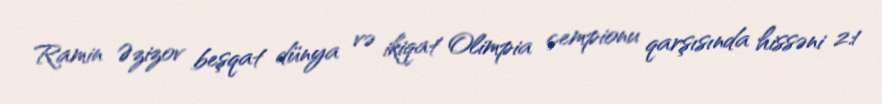
Ramin Əzizov beşqat dünya və ikiqat Olimpia çempionu qarşısında hissəni 2:1